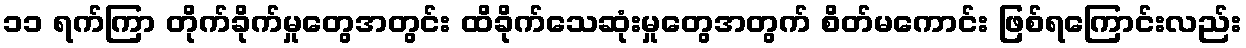
၁၁ ရက်ကြာ တိုက်ခိုက်မှုတွေအတွင်း ထိခိုက်သေဆုံးမှုတွေအတွက် စိတ်မကောင်း ဖြစ်ရကြောင်းလည်း